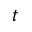
t